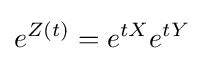
e^{Z(t)}=e^{tX}e^{tY}